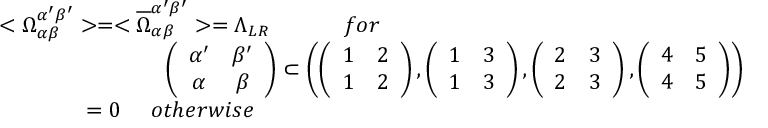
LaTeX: \begin{array} { l } { { < \Omega _ { \alpha \beta } ^ { \alpha ^ { \prime } \beta ^ { \prime } } > = < \overline { { { \Omega } } } _ { \alpha \beta } ^ { \alpha ^ { \prime } \beta ^ { \prime } } > = \Lambda _ { L R } ~ ~ ~ ~ ~ ~ ~ ~ ~ ~ f o r } } \\ { { ~ ~ ~ ~ ~ ~ ~ ~ ~ ~ ~ ~ ~ ~ ~ ~ ~ ~ ~ ~ ~ ~ \left( \begin{array} { c c } { { \alpha ^ { \prime } } } & { { \beta ^ { \prime } } } \\ { { \alpha } } & { { \beta } } \end{array} \right) \subset \left( \left( \begin{array} { c c } { { 1 } } & { { 2 } } \\ { { 1 } } & { { 2 } } \end{array} \right) , \left( \begin{array} { c c } { { 1 } } & { { 3 } } \\ { { 1 } } & { { 3 } } \end{array} \right) , \left( \begin{array} { c c } { { 2 } } & { { 3 } } \\ { { 2 } } & { { 3 } } \end{array} \right) , \left( \begin{array} { c c } { { 4 } } & { { 5 } } \\ { { 4 } } & { { 5 } } \end{array} \right) \right) } } \\ { { ~ ~ ~ ~ ~ ~ ~ ~ ~ ~ ~ = 0 ~ ~ ~ ~ o t h e r w i s e } } \end{array}